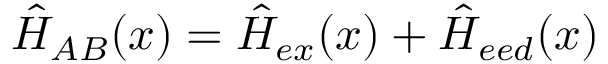
\hat { H } _ { A B } ( x ) = \hat { H } _ { e x } ( x ) + \hat { H } _ { e e d } ( x )